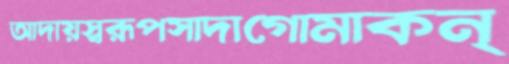
আদায়স্বরূপসাদাগোমাকন্